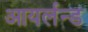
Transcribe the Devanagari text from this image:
आयर्लन्ड